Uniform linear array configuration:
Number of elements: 12
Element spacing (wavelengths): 0.25
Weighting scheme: kaiser
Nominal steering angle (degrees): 0
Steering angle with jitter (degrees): -1.231
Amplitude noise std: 0.05
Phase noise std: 0.05

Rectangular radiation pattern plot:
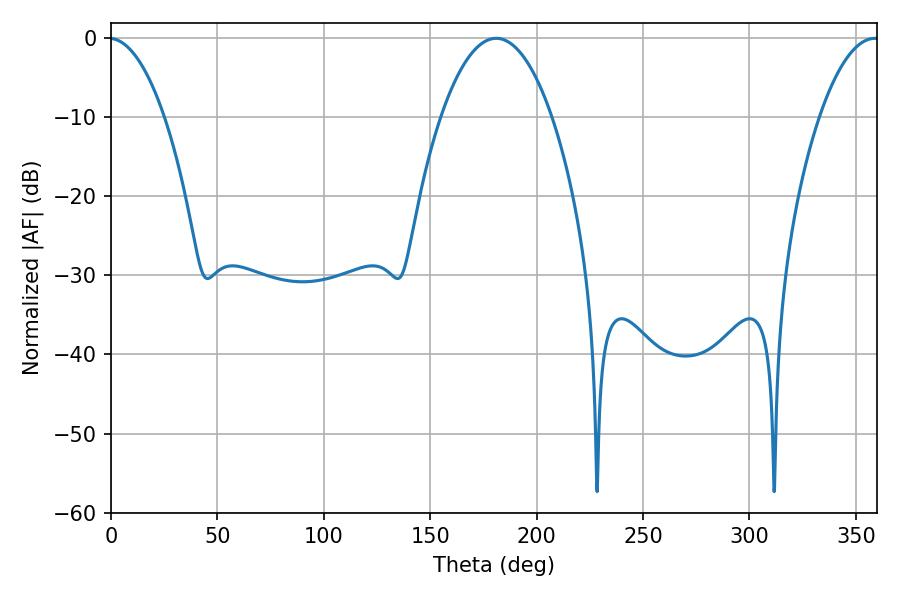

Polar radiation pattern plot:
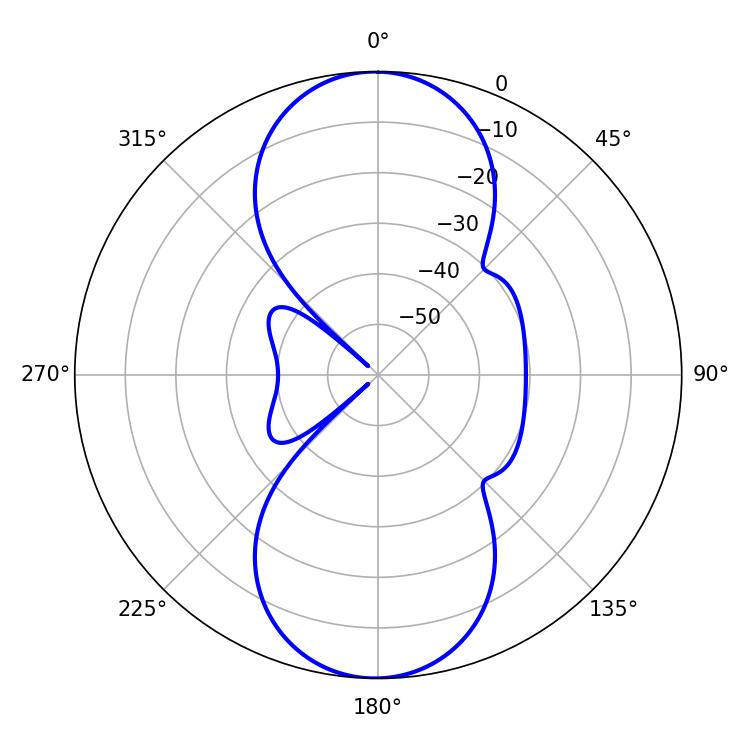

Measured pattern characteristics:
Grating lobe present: FALSE
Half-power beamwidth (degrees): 28.98
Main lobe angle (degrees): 181.08